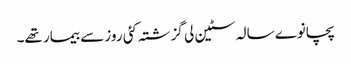
پچانوے سالہ سٹین لی گزشتہ کئی روز سے بیمار تھے۔